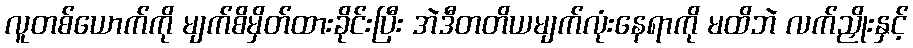
လူတစ်ယောက်ကို မျက်စိမှိတ်ထားခိုင်းပြီး အဲဒီတတိယမျက်လုံးနေရာကို မထိဘဲ လက်ညှိုးနှင့်